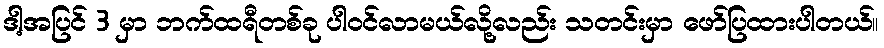
ဒါ့အပြင် 3 မှာ ဘက်ထရီတစ်ခု ပါဝင်လာမယ်လို့လည်း သတင်းမှာ ဖော်ပြထားပါတယ်။